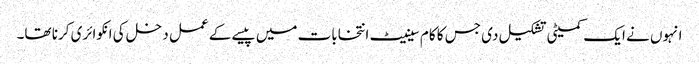
انہوں نے ایک کمیٹی تشکیل دی جس کا کام سینیٹ انتخابات میں پیسے کے عمل دخل کی انکوائری کرنا تھا۔